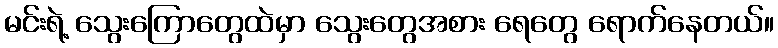
မင်းရဲ့ သွေးကြောတွေထဲမှာ သွေးတွေအစား ရေတွေ ရောက်နေတယ်။